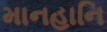
માનહાનિ